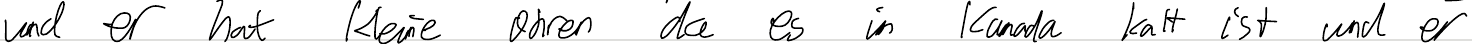
und er hat kleine Ohren da es in Kanada kalt ist und er